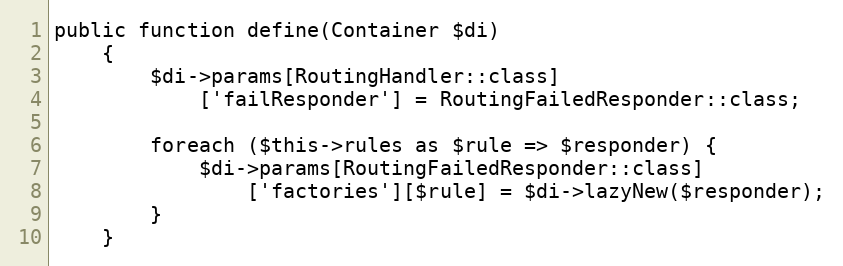
Language: PHP
public function define(Container $di)
    {
        $di->params[RoutingHandler::class]
            ['failResponder'] = RoutingFailedResponder::class;

        foreach ($this->rules as $rule => $responder) {
            $di->params[RoutingFailedResponder::class]
                ['factories'][$rule] = $di->lazyNew($responder);
        }
    }